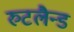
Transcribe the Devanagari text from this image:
रुटलैन्ड